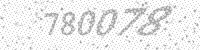
Solution: 780078